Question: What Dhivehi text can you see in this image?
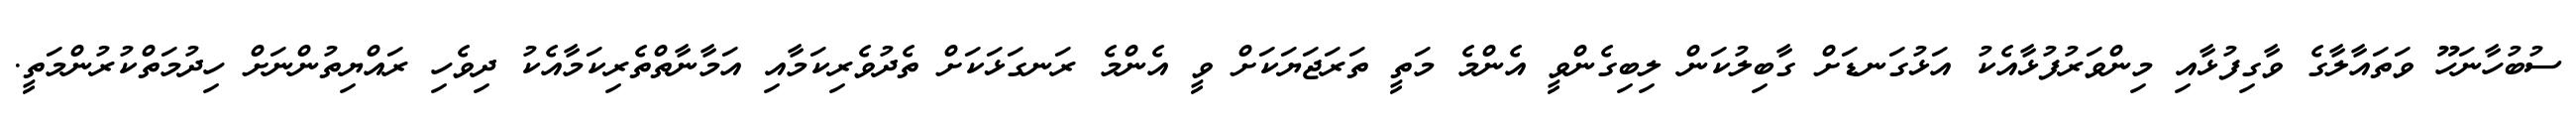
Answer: ސުބުހާނަހޫ ވަތައާލާގެ ވާގިފުޅާއި މިންވަރުފުޅާއެކު އަޅުގަނޑަށް ގާބިލުކަން ލިބިގެންވީ އެންމެ މަތީ ތަރަޖަޔަކަށް ވީ އެންމެ ރަނގަޅަކަށް ތެދުވެރިކަމާއި އަމާނާތްތެރިކަމާއެކު ދިވެހި ރައްޔިތުންނަށް ހިދުމަތްކުރުންމަތީ.